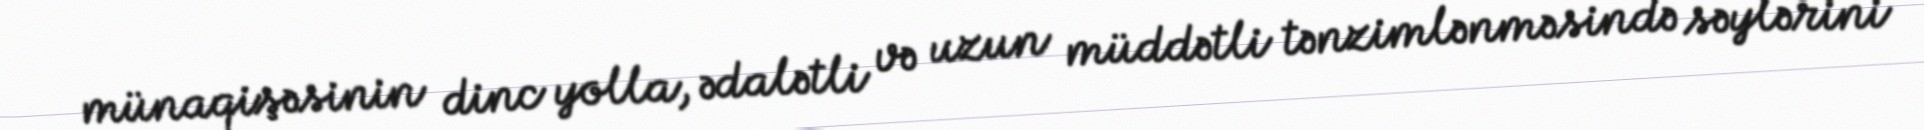
münaqişəsinin dinc yolla, ədalətli və uzun müddətli tənzimlənməsində səylərini